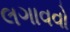
લગાવવો